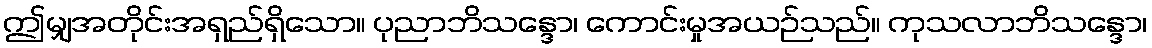
ဤမျှအတိုင်းအရှည်ရှိသော။ ပုညာဘိသန္ဒော၊ ကောင်းမှုအယဉ်သည်။ ကုသလာဘိသန္ဒော၊